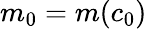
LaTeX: m_{0}=m(c_{0})